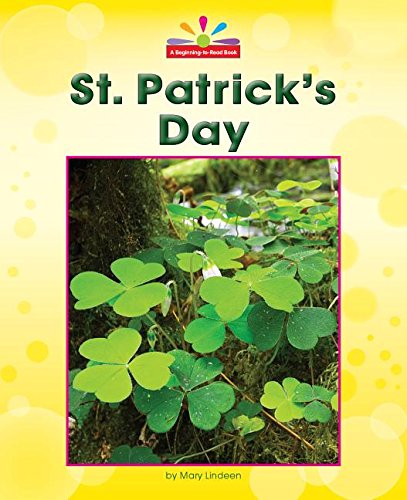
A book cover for St. Patrick's Day (Beginning-To-Read); Mary Lindeen; Children's Books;